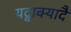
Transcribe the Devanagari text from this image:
यद्वाक्यादै